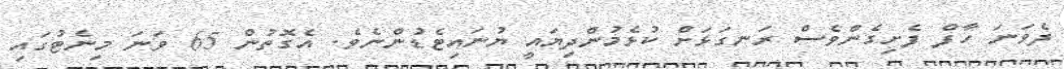
ދެވަނަ ހާފް ފެށިގެންވެސް ރަނގަޅަށް ކުޅެމުންދިޔައީ ޔުނައިޓެޑުންނެވެ. އެގޮތުން 65 ވަނަ މިނެޓުގައި